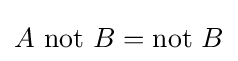
A{\text{ not }}B={\text{not }}B